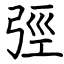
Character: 弳